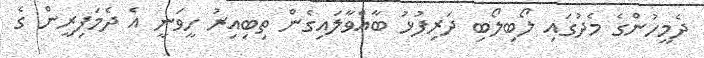
ދެމީހުންގެ މެދުގައި ލޯބިލޯބި ދަރިފުޅު ބާއްވާލައިގެން ތިބިއިރު ހީވަނީ އެ ދެމަފިރީން ގެ